Vaccination in Burma 1900-1911 - 1900-1911
Year: 1900
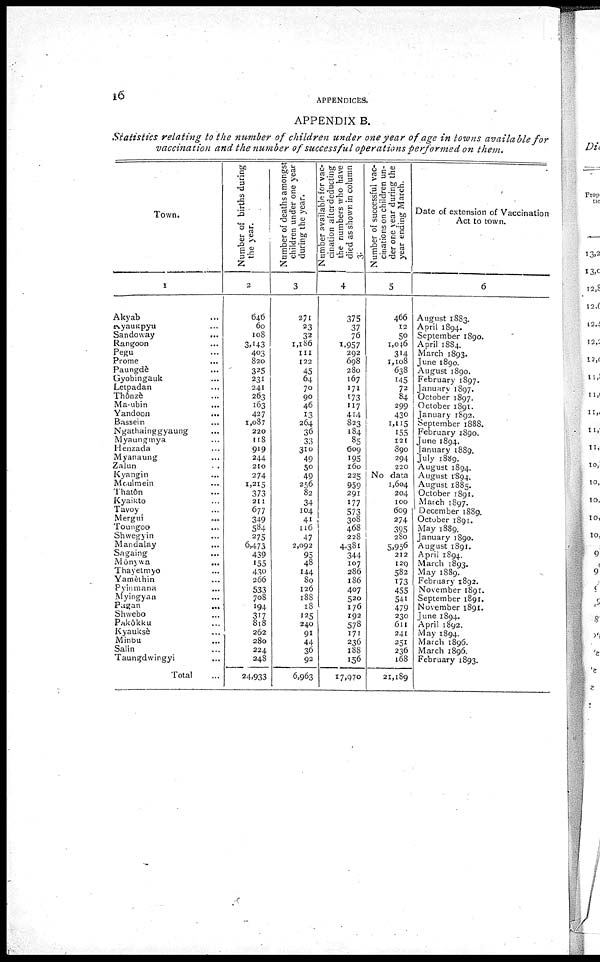
16
APPENDICES.
APPENDIX B.
Statistics relating to the number of children under one year of age in towns available for
vaccination and the number of successful operations performed on them.
Town.
1
Akyab
...
Kyaukpyu ...
Sandoway ...
Rangoon ...
Pegu ...
Prome ...
Paungde ...
Gyobingauk ...
Letpadan ...
Thônzè ...
Ma-ubin ...
Yandoon
...
Bassein ...
Ngathainggyaung ...
Myaungmya ...
Henzada ...
Myanaung ...
Zalun ...
Kyangin ...
Moulmein ...
Thatôn ...
Kyaikto ...
Tavoy ...
Mergui
...
Toungoo ...
Shwegyin ...
Mandalay ...
Sagaing ...
Mônywa
...
Thayetmyo ...
Yamèthin ...
Pyinmana ...
Myingyan ...
Pagan
...
Shwebo ...
Pakôkku ...
Kyauksè ...
Minbu ...
Salin ...
Taungdwingyi ...
Total ...
Number of births during
the year.
2
646
60
108
3,143
403
820
325
231
241
263
163
427
1,087
220
118
919
244
210
274
1,215
373
211
677
349
584
275
6,473
439
155
430
266
533
708
194
317
818
262
280
224
248
24,933
Number of deaths amongst
children under one year
during the year.
3
271
23
32
1,186
111
122
45
64
70
90
46
13
264
36
33
310
49
50
49
256
82
34
104
41
116
47
2,092
95
48
144
80
126
188
18
125
240
91
44
36
92
6,963
Number available for vac-
cination after deducting
the numbers who have
died as shown in column
3.
4
375
37
76
1,957
292
698
280
167
171
173
117
414
823
184
85
609
195
160
225
959
291
177
573
308
468
228
4,381
344
107
286
186
407
520
176
192
578
171
236
188
156
17,970
Number of successful vac-
cinations on children un-
der one year during the
year ending March.
5
466
12
50
1,046
314
1,108
638
145
72
84
299
430
1,115
155
121
890
294
220
No data
1,604
204
100
609
274
395
280
5,956
212
129
582
173
455
541
479
230
611
241
251
236
168
21,189
Date of extension of Vaccination
Act to town.
6
August 1883.
April 1894.
September 1890.
April 1884.
March 1893.
June 1890.
August 1890.
February 1897.
January 1897.
October 1897.
October 1891.
January 1892.
September 1888.
February 1890.
June 1894.
January 1889.
July 1889.
August 1894.
August 1894.
August 1885.
October 1891.
March 1897.
December 1889.
October 1891.
May 1889.
January 1890.
August 1891.
April 1894.
March 1893.
May 1889.
February 1892.
November 1891.
September 1891.
November 1891.
June 1894.
April 1892.
May 1894.
March 1896.
March 1896.
February 1893.